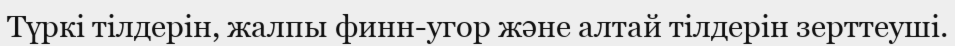
Түркі тілдерін, жалпы финн-угор және алтай тілдерін зерттеуші.